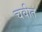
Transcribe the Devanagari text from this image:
चवीत